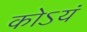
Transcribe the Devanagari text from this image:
कोऽयं